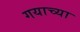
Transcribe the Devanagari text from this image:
गयाच्या